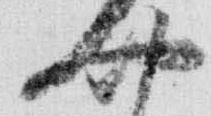
四